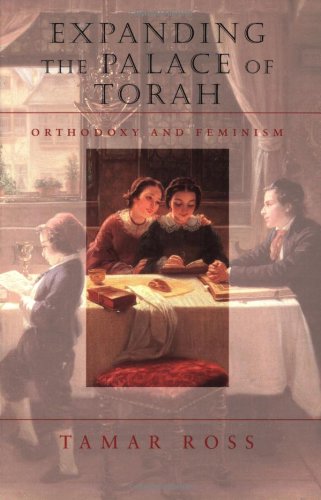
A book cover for Expanding the Palace of Torah: Orthodoxy and Feminism (HBI Series on Jewish Women); Tamar Ross; Religion & Spirituality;